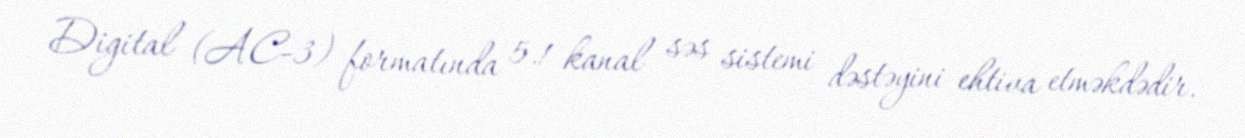
Digital (AC-3) formatında 5.1 kanal səs sistemi dəstəyini ehtiva etməkdədir.